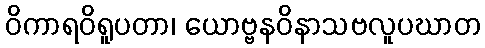
ဝိကာရဝိရူပတာ၊ ယောဗ္ဗနဝိနာသဗလူပဃာတ